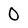
Character: 0